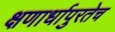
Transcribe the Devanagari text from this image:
क्षणार्धापुरतेच